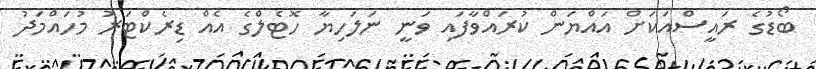
ބޯޑުގެ ރައީސްއަކަށް އައްޔަން ކުރައްވާފައި ވަނީ ނަލަހިޔާ ހޮޓެލްގެ އެއް ޑިރެކްޓަރު މުހައްމަދު